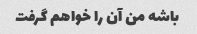
باشه من آن را خواهم گرفت